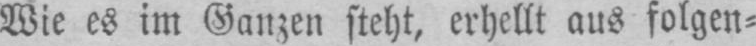
Wie es im Ganzen steht, erhellt aus folgen⸗